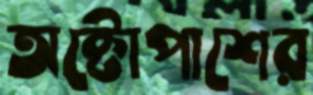
অক্টোপাশের